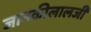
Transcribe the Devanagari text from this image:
जानकीलालजी